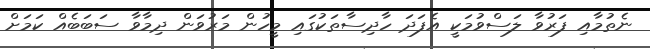
ނެތުމާއި ފަރުވާ ލަސްވުމަކީ އެފަދަ ހާދިސާތަކުގައި މީހުން މަރުވަން ދިމާވާ ސަބަބެއް ކަމަށް